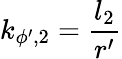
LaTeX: k_{\phi^{\prime},2}=\frac{l_{2}}{r^{\prime}}